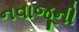
નવાજૂની